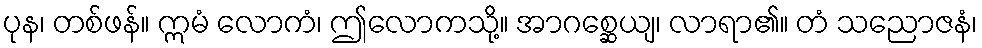
ပုန၊ တစ်ဖန်။ ဣမံ လောကံ၊ ဤလောကသို့။ အာဂစ္ဆေယျ၊ လာရာ၏။ တံ သညောဇနံ၊